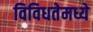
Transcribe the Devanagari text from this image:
विविधतेमध्ये